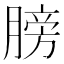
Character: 膀